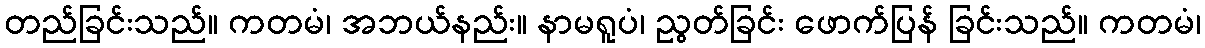
တည်ခြင်းသည်။ ကတမံ၊ အဘယ်နည်း။ နာမရူပံ၊ ညွတ်ခြင်း ဖောက်ပြန် ခြင်းသည်။ ကတမံ၊